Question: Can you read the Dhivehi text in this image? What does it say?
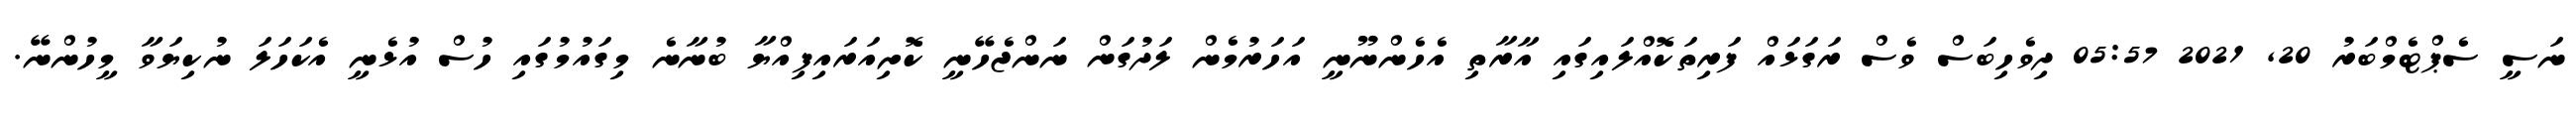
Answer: ނަސީ ސެޕްޓެމްބަރު 20, 2021 05:57 ދިވެހިބަސް ވެސް ރަގަޅައް ފަރިތަކޮއްލައިގައި އާރާތި އެހެންނޫނީ އަހަރުމެން ލަދުގަން ނަންޖެހޭނީ ކޮށިއަރައިފިއްޔާ ބުނާނެ މިގައުމުގައި ހުސް އުޅެނީ އެކަހަލަ ނުކިޔަވާ މީހުންނޭ.